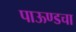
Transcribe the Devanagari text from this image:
पाऊण्डचा